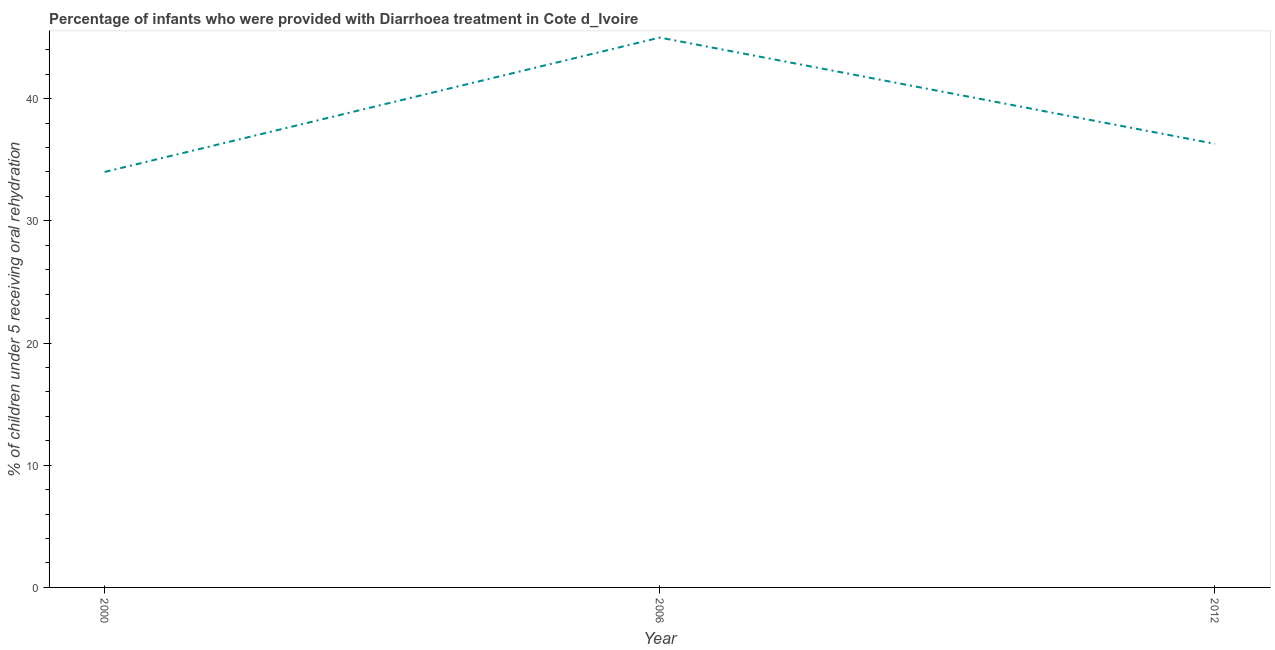
| Year | Diarrhea treatment |
 | --- | --- |
 | 2000 | 34 |
 | 2006 | 45 |
 | 2012 | 36.3 |